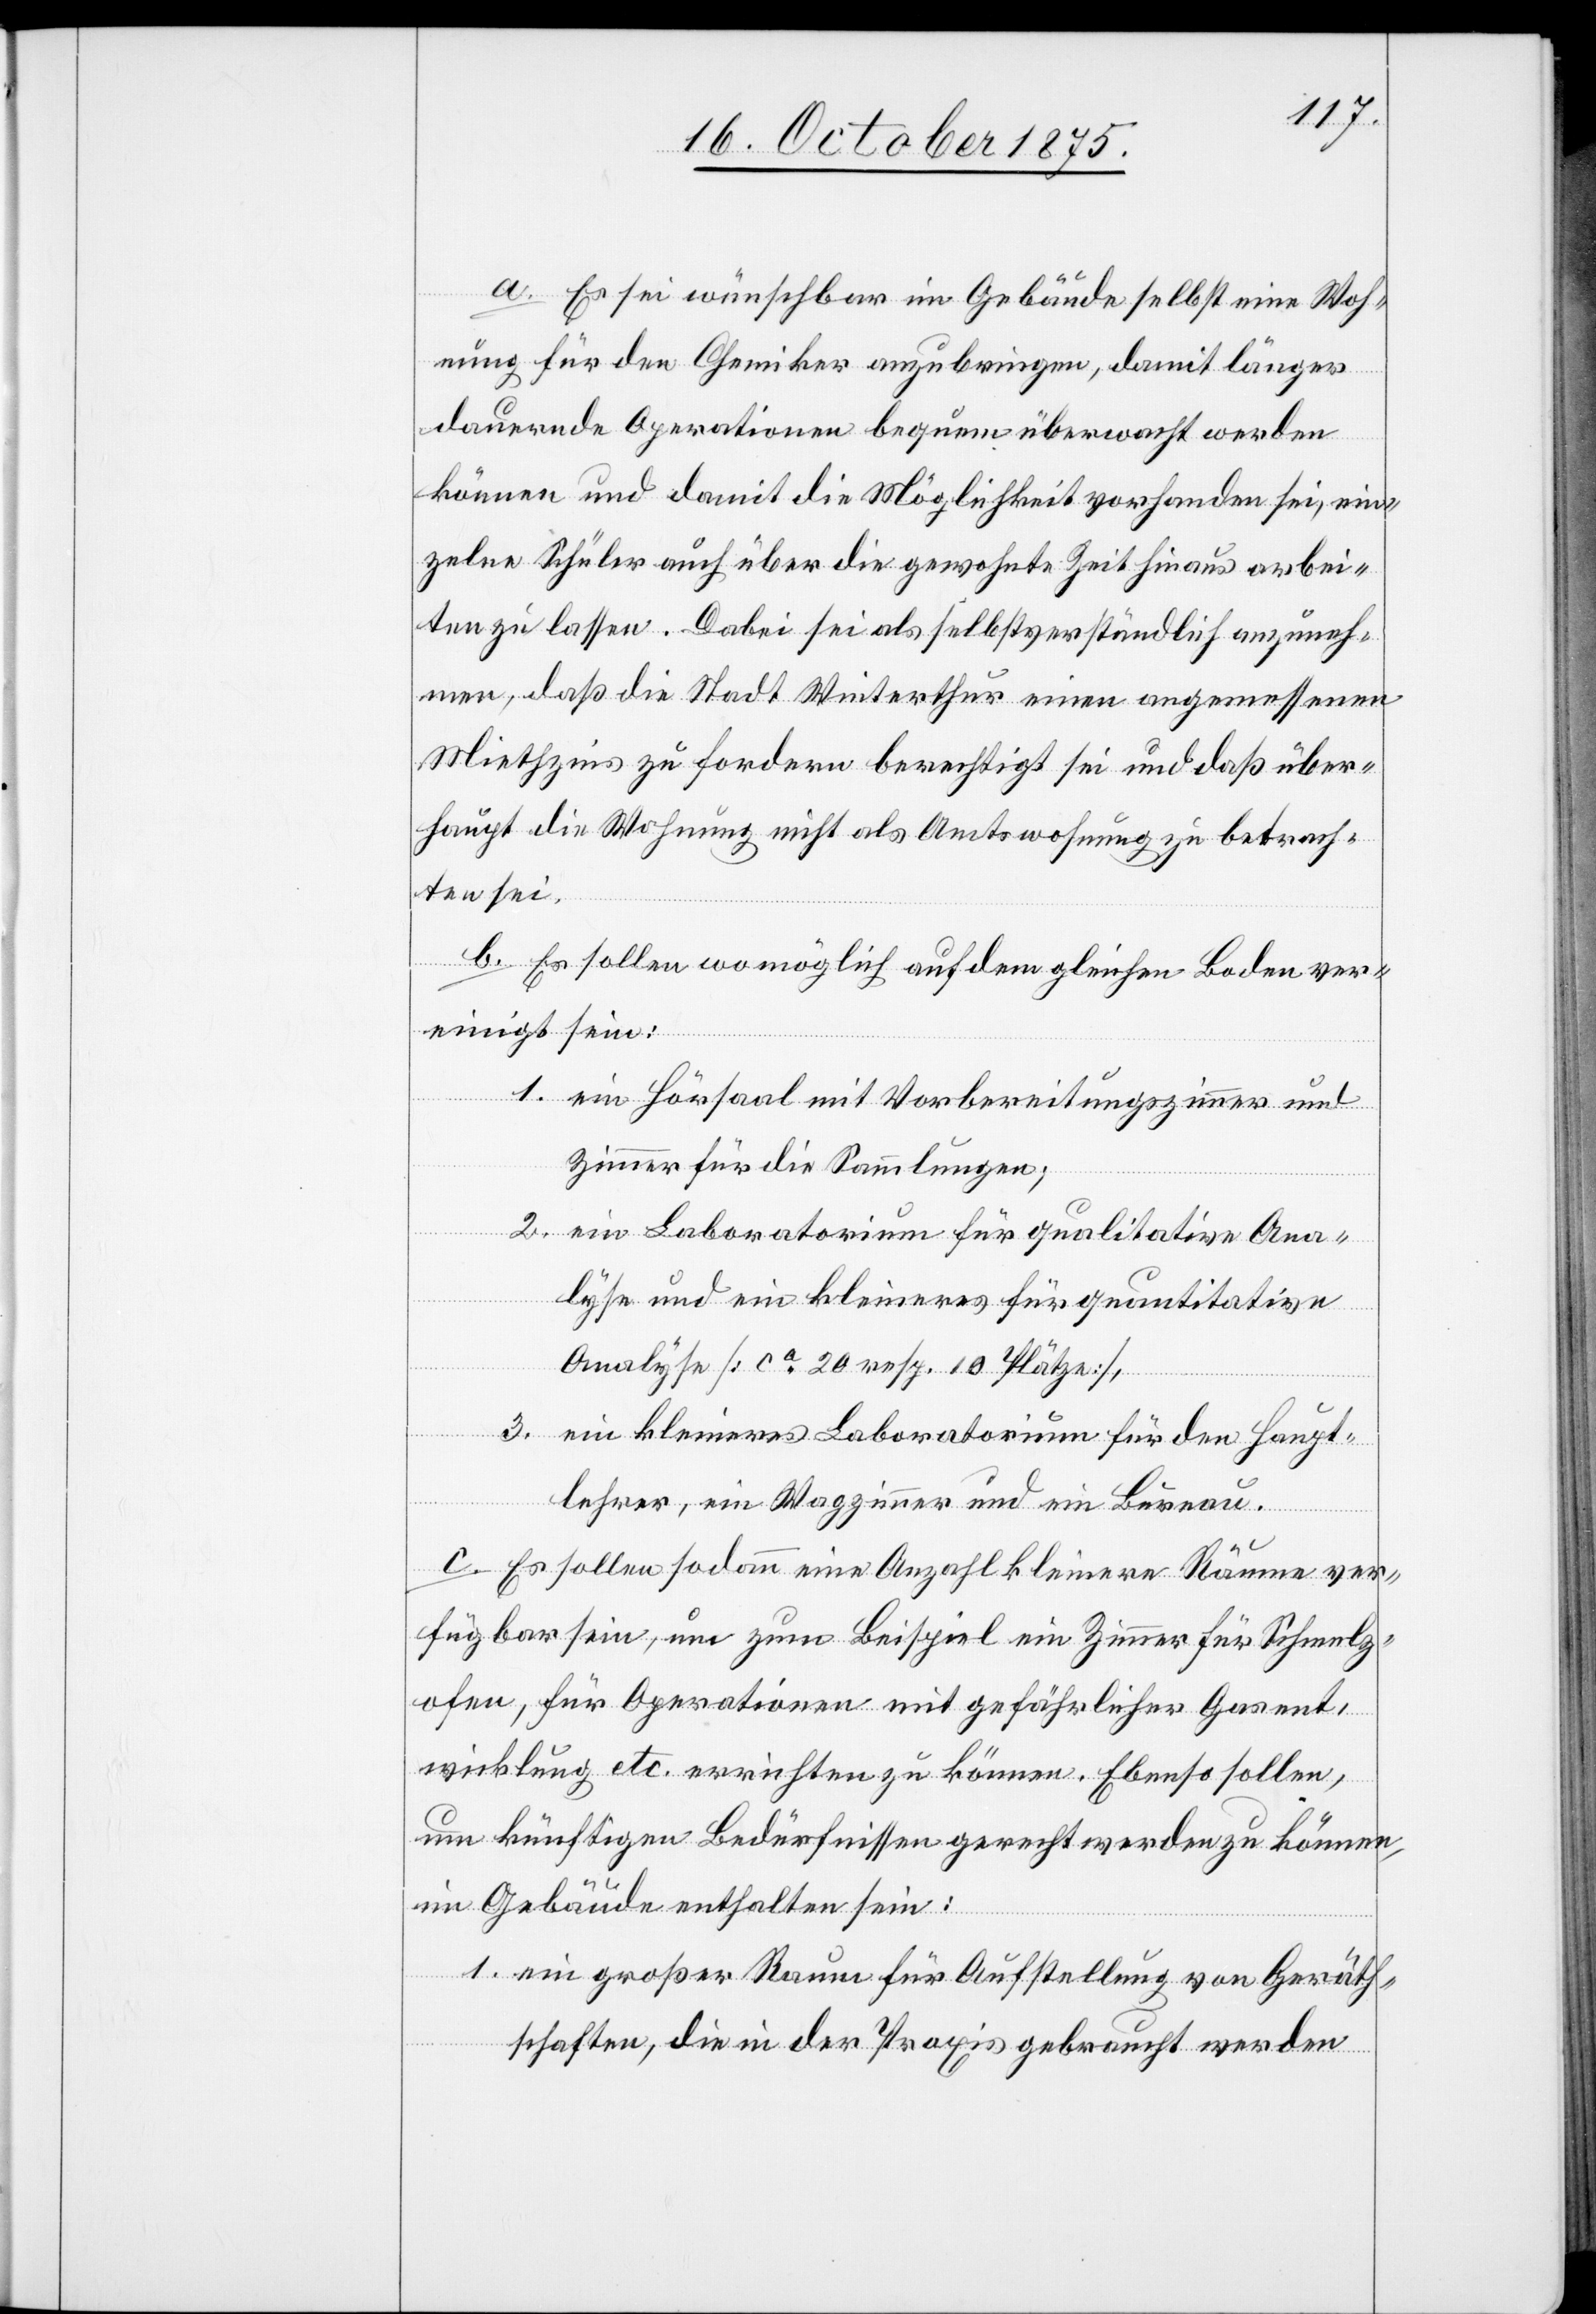
a. Es sei wünschbar im Gebäude selbst eine Woh¬
nung für den Chemiker anzubringen, damit länger
dauernde Operationen bequem überwacht werden
können und damit die Möglichkeit vorhanden sei, ein¬
zelne Schüler auch über die gewohnte Zeit hinaus arbei¬
ten zu lassen. Dabei sei als selbstverständlich anzuneh¬
men, daß die Stadt Winterthur einen angemessenen
Miethzins zu fordern berechtigt sei und daß über¬
haupt die Wohnung nicht als Amtswohnung zu betrach¬
ten sei.
b. Es sollen womöglich auf dem gleichen Boden ver¬
einigt sein:
1. ein Hörsaal mit Vorbereitungszimmer und
Zimmer für die Sammlungen;
2. ein Laboratorium für qualitative Ana¬
lyse und ein kleineres für quantitative
Analyse [ca 20 resp. 10 Plätze],
3. ein kleineres Laboratorium für den Hauptl¬
ein
c. Es sollen sodann eine Anzahl kleinere Räume ver¬
fügbar sein, um zum Beispiel ein Zimmer für Schmelz¬
ofen, für Operationen mit gefährlicher Gasent¬
wicklung etc. errichten zu können. Ebenso sollen,
um künftigen Bedürfnissen gerecht werden zu können,
im Gebäude enthalten sein:
und
1. ein großer Raum für Aufstellung von Geräth¬
schaften, die in der Praxis gebraucht werden